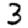
Digit: 3